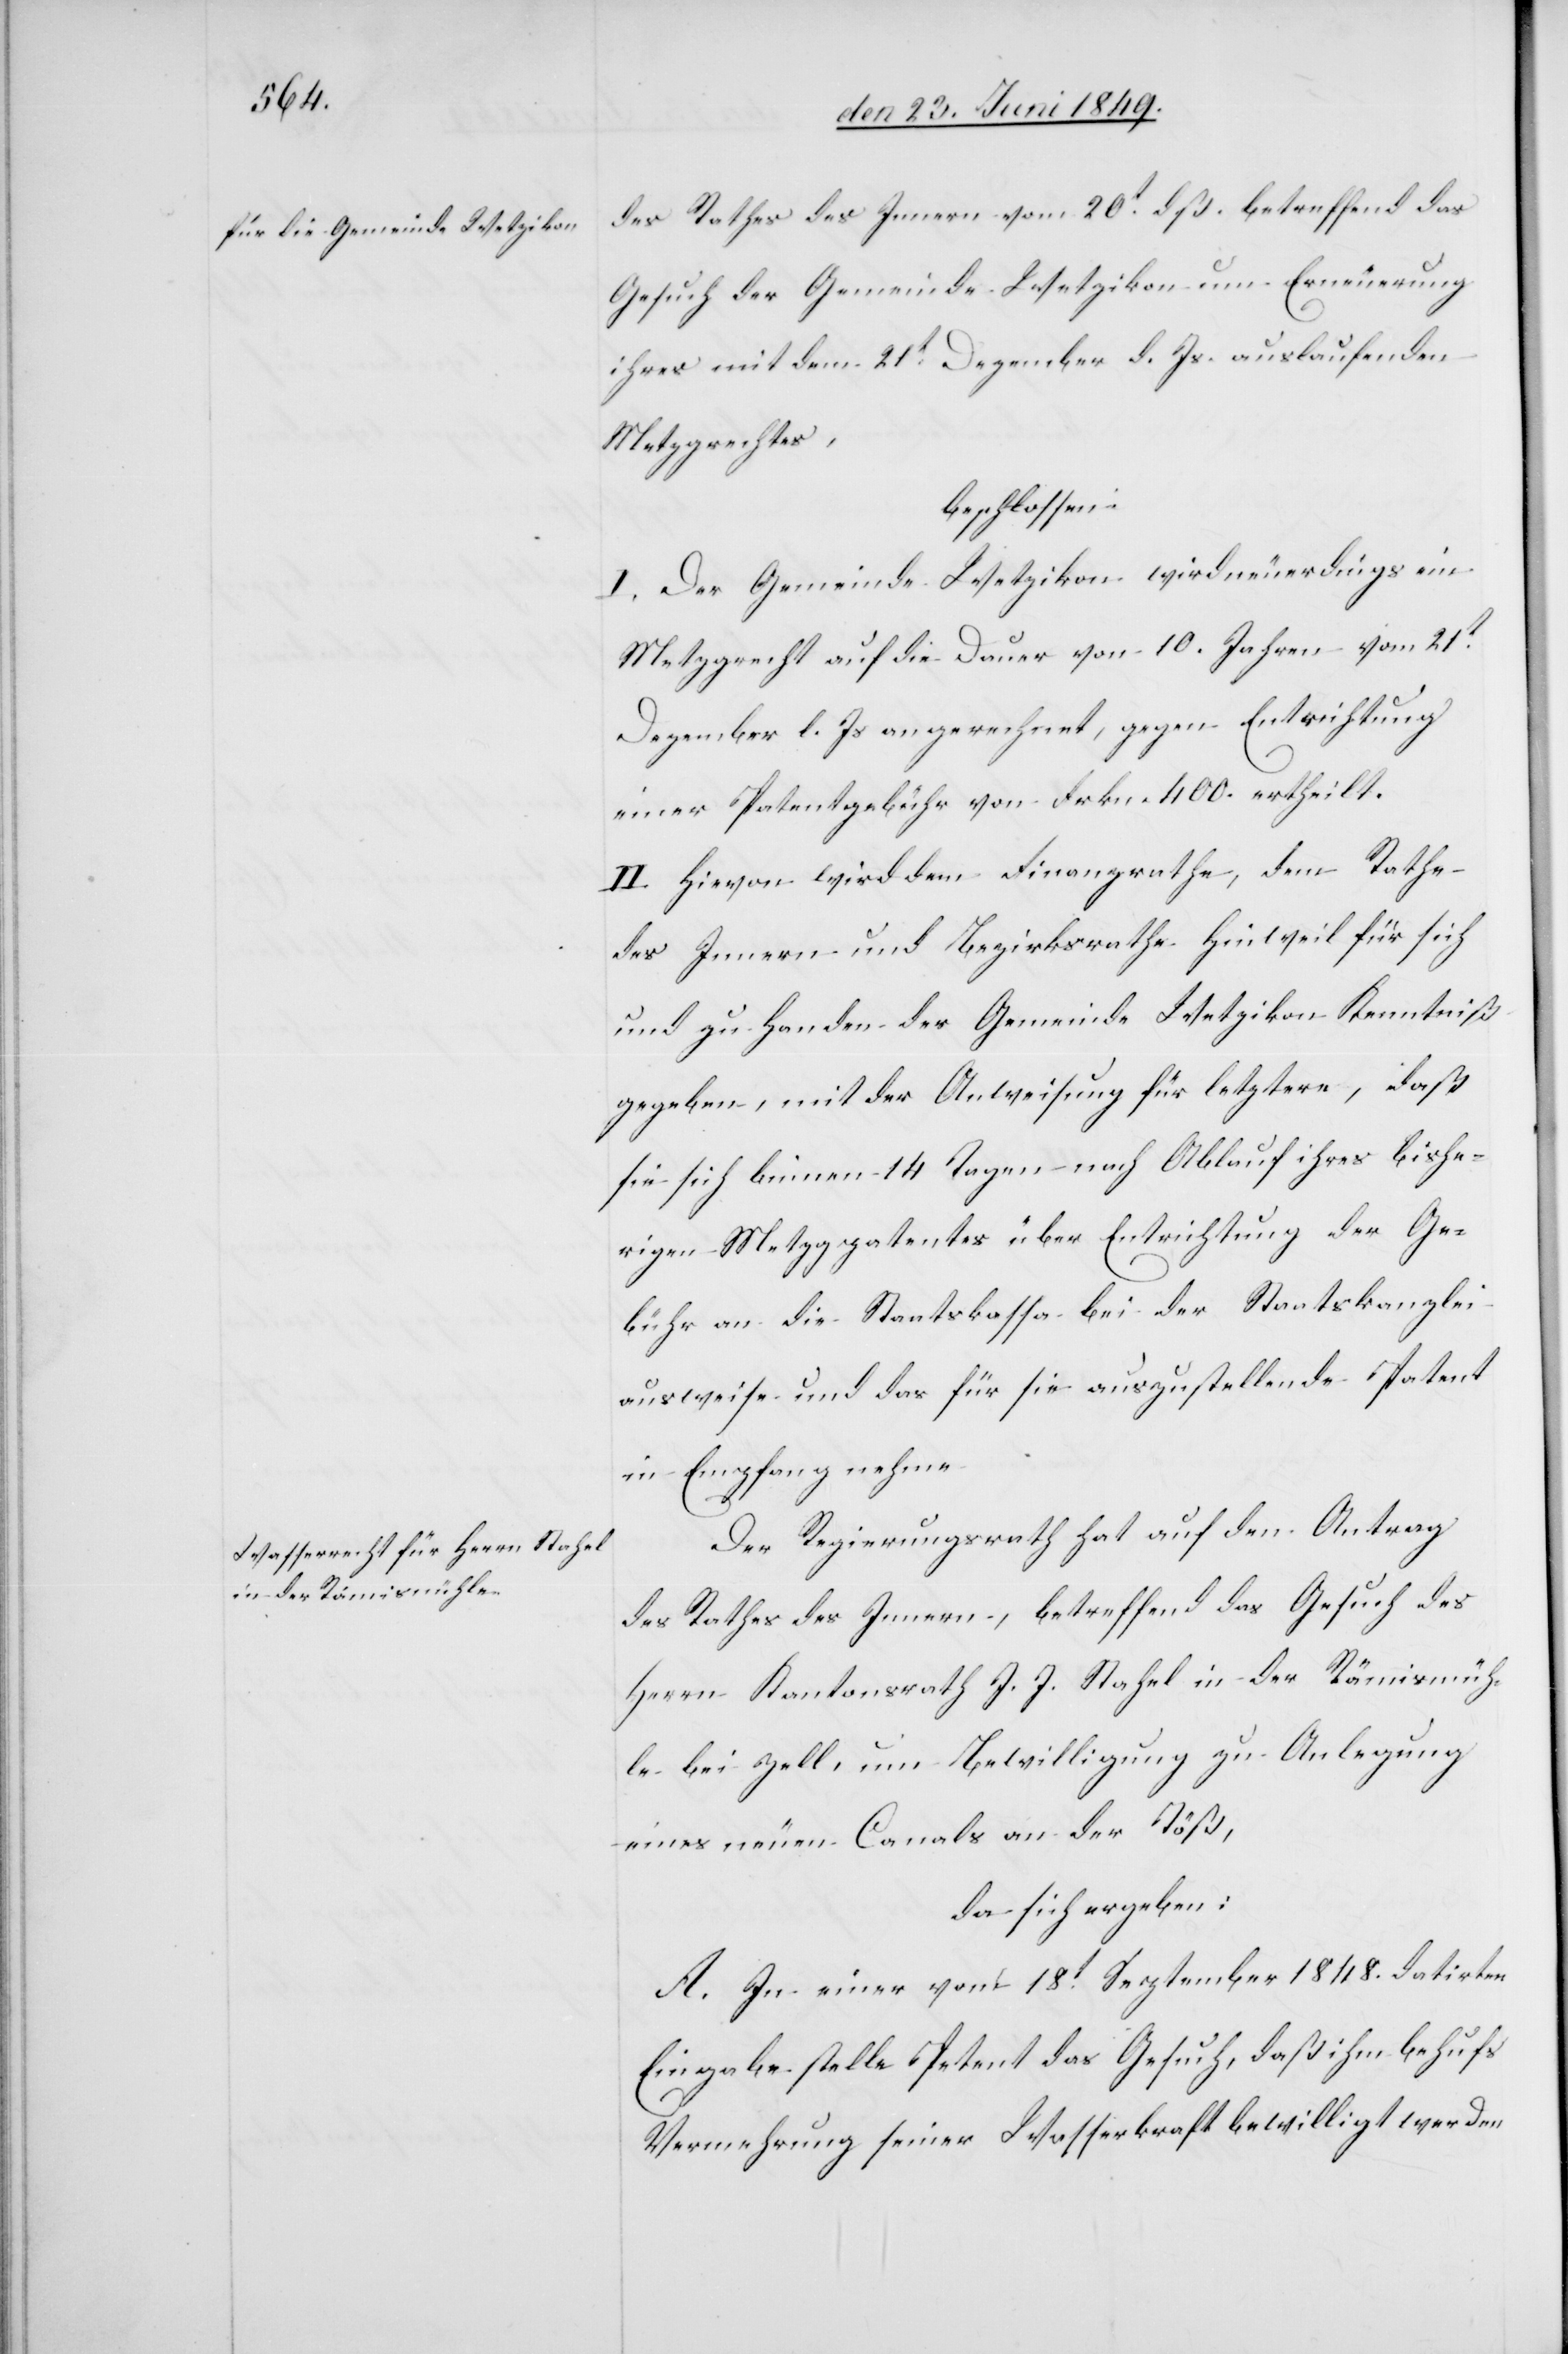
des Rathes des Innern vom 20t dß. betreffend das
Gesuch der Gemeinde Wetzikon um Erneuerung
ihres mit dem 21t Dezember d. Js. auslaufenden
Metzgrechtes,
beschlossen:
I. Der Gemeinde Wetzikon wird neuerdings ein
Metzgrecht auf die Dauer von 10. Jahren vom 21t
Dezember l. Js. angerechnet, gegen Entrichtung
einer Patentgebühr von Frkn. 400. ertheilt.
II. Hievon wird dem Finanzrathe, dem Rathe
des Innern und Bezirksrathe Hinweil für sich
und zu Handen der Gemeinde Wetzikon Kenntniß
gegeben, mit der Anweisung für letztere, daß
sie sich binnen 14 Tagen nach Ablauf ihres bishe¬
rigen Metzgpatentes über Entrichtung der Ge¬
bühr an die Staatskassa bei der Staatskanzlei
ausweise und das für sie auszustellende Patent
in Empfang nehme.
Der Regierungsrath hat auf den Antrag
des Rathes des Innern, betreffend das Gesuch des
Herrn Kantonsrath J. J. Stahel in der Rämismüh¬
le bei Zell, um Bewilligung zu Anlegung
eines neuen Canals an der Töß,
da sich ergeben:
A. In einer vom 18t September 1848. datirten
Eingabe stelle Petent das Gesuch, daß ihm behufs
Vermehrung seiner Wasserkraft bewilligt werden